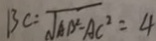
B C = \sqrt { A B ^ { 2 } - A C ^ { 2 } } = 4